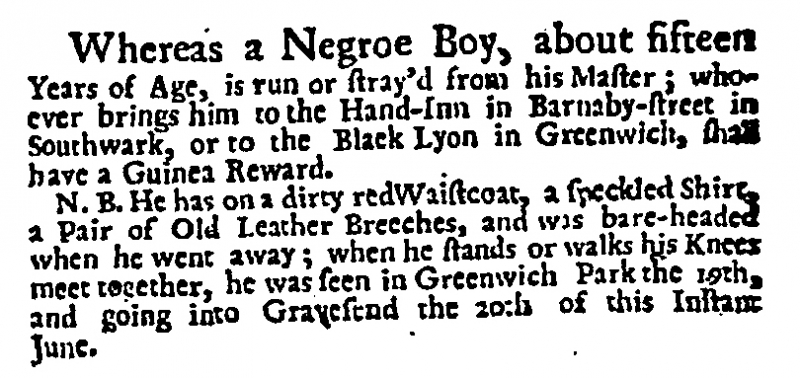
Daily Post, 22 June 1727 (England)
Whereas a Negroe Boy, about fifteen Years of Age, is run or stray’d from his Master; whoever brings him to the Hand-Inn in Barnaby-street in Southwark, or to the Black Lyon in Greenwich, shall have a Guinea Reward.    N.B. He has on a dirty red Waistcoat, a speckled Shirt, a Pair of Old Leather Breeches, and was bare-headed when he went away; when he stands or walks his Knees meet together, he was seen in Greenwich Park the 19th, and going into Gravesend the 20th of this Instant June.